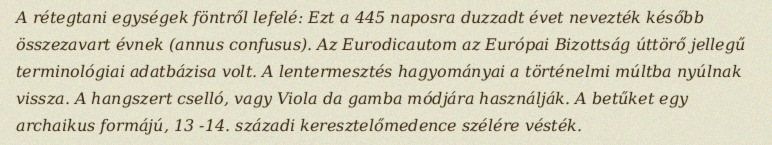
A rétegtani egységek föntről lefelé: Ezt a 445 naposra duzzadt évet nevezték később összezavart évnek (annus confusus). Az Eurodicautom az Európai Bizottság úttörő jellegű terminológiai adatbázisa volt. A lentermesztés hagyományai a történelmi múltba nyúlnak vissza. A hangszert cselló, vagy Viola da gamba módjára használják. A betűket egy archaikus formájú, 13 -14. századi keresztelőmedence szélére vésték.